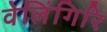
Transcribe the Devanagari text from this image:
वेलिंगिरि